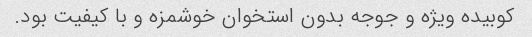
کوبیده ویژه و جوجه بدون استخوان خوشمزه و با کیفیت بود.